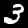
Digit: 3